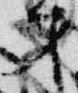
才